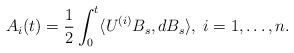
LaTeX: \begin{align*}A_{i}(t) = \frac{1}{2} \int_{0}^{t} \langle U^{(i)} B_{s}, dB_{s} \rangle, \; i=1,\ldots, n.\end{align*}